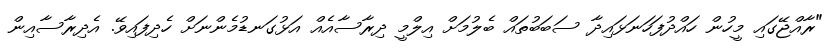
"ރާއްޖޭގައި މީހުން ހައްދުފަހަނަޅައިދާ ސަބަބުތައް ބެލުމަށް އިލްމީ ދިރާސާއެއް އަޅުގަނޑުމެންނަށް ހެދިފައިވޭ. އެދިރާސާއިން